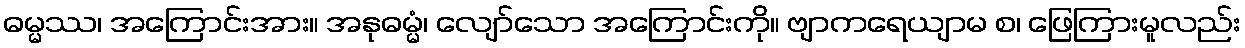
ဓမ္မဿ၊ အကြောင်းအား။ အနုဓမ္မံ၊ လျော်သော အကြောင်းကို။ ဗျာကရေယျာမ စ၊ ဖြေကြားမူလည်း